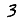
Digit: 3